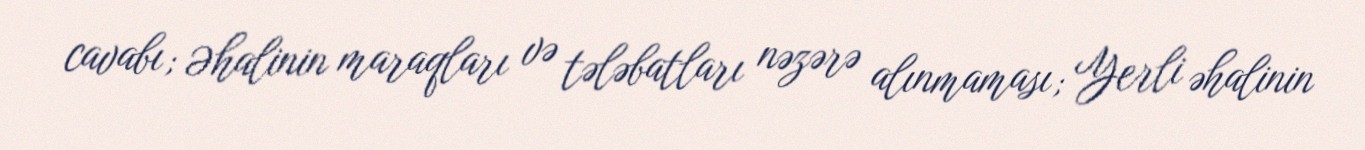
cavabı; Əhalinin maraqları və tələbatları nəzərə alınmaması; Yerli əhalinin